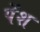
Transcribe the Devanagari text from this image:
पेंश